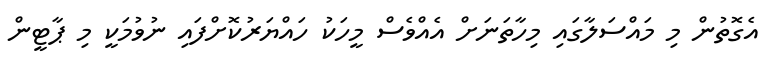
އެގޮތުން މި މައްސަލާގައި މިހާތަނަށް އެއްވެސް މީހަކު ހައްޔަރުކޮށްފައި ނުވުމަކީ މި ޕާޓީން